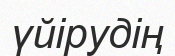
үйірудің